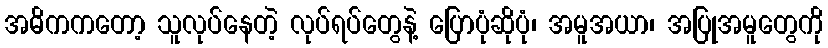
အဓိကကတော့ သူလုပ်နေတဲ့ လုပ်ရပ်တွေနဲ့ ပြောပုံဆိုပုံ၊ အမူအယာ၊ အပြုအမူတွေကို